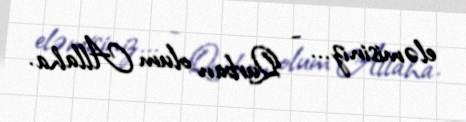
eləmisiniz... - Qurban olum Allaha.